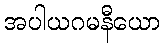
အပါယဂမနီယော